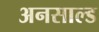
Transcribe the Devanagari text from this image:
अनसाल्ड